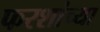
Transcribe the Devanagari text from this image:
फरशांच्या